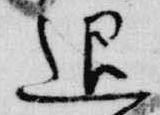
退